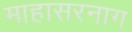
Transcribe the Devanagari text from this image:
माहासरनाग